Indian journal of veterinary science and animal husbandry - Volume 14,
Year: 1944
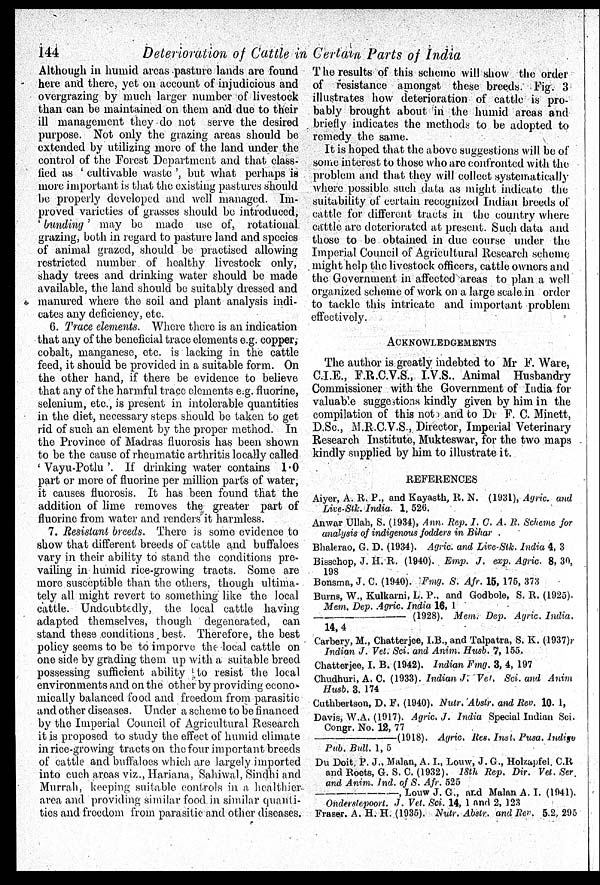
144
Deterioration of Cattle in Certain Parts of India
Although in humid areas pasture lands are found
here and there, yet on account of injudicious and
overgrazing by much larger number of livestock
than can be maintained on them and due to their
ill management they do not serve the desired
purpose. Not only the grazing areas should be
extended by utilizing more of the land under the
control of the Forest Department and that class-
fied as ' cultivable waste ', but what perhaps is
more important is that the existing pastures should
be properly developed and well managed. Im-
proved varieties of grasses should be introduced,
' bunding ' may be made use of, rotational
grazing, both in regard to pasture land and species
of animal grazed, should be practised allowing
restricted number of healthy livestock only,
shady trees and drinking water should be made
available, the land should be suitably dressed and
manured where the soil and plant analysis indi-
cates any deficiency, etc.
6. Trace elements. Where there is an indication
that any of the beneficial trace elements e.g. copper,
cobalt, manganese, etc. is lacking in the cattle
feed, it should be provided in a suitable form. On
the other hand, if there be evidence to believe
that any of the harmful trace elements e.g. fluorine,
selenium, etc., is present in intolerable quantities
in the diet, necessary steps should be taken to get
rid of such an element by the proper method. In
the Province of Madras fluorosis has been shown
to be the cause of rheumatic arthritis locally called
' Vayu-Potlu '. If drinking water contains 1.0
part or more of fluorine per million parts of water,
it causes fluorosis. It has been found that the
addition of lime removes the greater part of
fluorine from water and renders it harmless.
7. Resistant breeds. There is some evidence to
show that different breeds of cattle and buffaloes
vary in their ability to stand the conditions pre-
vailing in humid rice-growing tracts. Some are
more susceptible than the others, though ultima-
tely all might revert to something like the local
cattle. Undoubtedly, the local cattle having
adapted themselves, though degenerated, can
stand these conditions best. Therefore, the best
policy seems to be to imporve the local cattle on
one side by grading them up with a suitable breed
possessing sufficient ability to resist the local
environments and on the other by providing econo-
mically balanced food and freedom from parasitic
and other diseases. Under a scheme to be financed
by the Imperial Council of Agricultural Research
it is proposed to study the effect of humid climate
in rice-growing tracts on the four important breeds
of cattle and buffaloes which are largely imported
into cuch areas viz., Hariana, Sahiwal, Sindhi and
Murrah, keeping suitable controls in. a healthier
area and providing similar food in similar quanti-
ties and freedom from parasitic and other diseases.
The results of this scheme will show the order
of resistance amongst these breeds. Fig. 3
illustrates how deterioration of cattle is pro-
bably brought about in the humid areas and
briefly indicates the methods to be adopted to
remedy the same.
It is hoped that the above suggestions will be of
some interest to those who are confronted with the
problem and that they will collect systematically
where possible such data as might indicate the
suitability of certain recognized Indian breeds of
cattle for different tracts in the country where
cattle are deteriorated at present. Such data and
those to be obtained in due course under the
Imperial Council of Agricultural Research scheme
might help the livestock officers, cattle owners and
the Government in affected areas to plan a well
organized scheme of work on a large scale in order
to tackle this intricate and important problem
effectively.
ACKNOWLEDGEMENTS
The author is greatly indebted to Mr F. Ware,
C.I.E., F.R.C.V.S., I.V.S.. Animal Husbandry
Commissioner with the Government of India for
valuable suggestions kindly given by him in the
compilation of this not and to Dr F. C. Minett,
D.Sc, M.R.C.V.S., Director, Imperial Veterinary
Research Institute, Mukteswar, for the two maps
kindly supplied by him to illustrate it.
REFERENCES
Aiyer, A. R. P., and Kayasth, R. N. (1931), Agric. and
Live-Stk. India. 1, 526.
Anwar Ullah, S. (1934), Ann. Rep. I. C. A. R. Scheme for
analysis of indigenous fodders in Bihar
Bhalerao, G. D. (1934). Agric. and Live-Stk. India 4, 3
Bisschop, J. H. R. (1940). Emp. J. exp. Agric. 8, 30,
198
Bonsma, J. C. (1940). Fmg. S. Afr. 15, 175, 373
Burns, W., Kulkarni, L. P., and Godbole, S. R. (1925).
Mem. Dep. Agric. India 16, 1
––
(1928). Mem. Dep. Agric, India.
14, 4
Carbery, M., Chatterjee, I.B., and Talpatra, S. K. (1937)r
Indian J. Vet. Sci. and Anim. Husb. 7, 155.
Chatterjee, I. B. (1942). Indian Fmg. 3, 4, 197
Chudhuri, A. C. (1933). Indian J. Vet. Sci. and Anim
Husb. 3, 174
Cuthbertson, D. F. (1940). Nutr. Abstr. and Rev. 10, 1,
Davis, W.A. (1917). Agric, J. India Special Indian Sci.
Congr. No. 12, 77
––
(1918). Agric. Res. Inst. Pusa. Indigo
Pub. Bull. 1, 5
Du Doit, P. J., Malan, A. I., Louw, J. G., Holzapfel. C.R
and Roets, G. S. C. (1932). 18th Rep. Dir. Vet. Ser,
and Anim. Ind. of S. Afr. 525
––,
Louw J. G., and Malan A. I. (1941).
Onderstepoort. J. Vet. Sci. 14, 1 and 2, 123
Fraser. A. H. H. (1935). Nutr. Abstr. and Rev. 5.2, 295